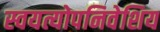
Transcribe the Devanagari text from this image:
स्वयत्योपनिवेशिय